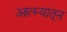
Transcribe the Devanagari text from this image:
आत्म्यातून